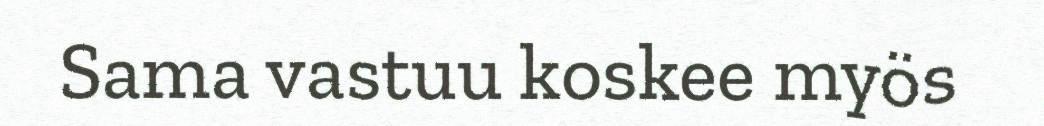
Sama vastuu koskee myös